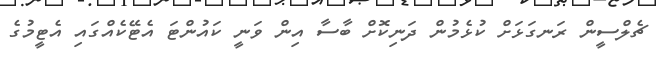
ޗެލްސީން ރަނގަޅަށް ކުޅެމުން ދަނިކޮށް ބާސާ އިން ވަނީ ކައުންޓަ އެޓޭކެއްގައި އެޓީމުގެ